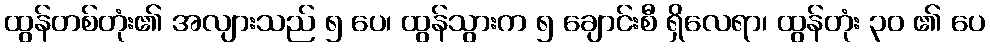
ထွန်တစ်တုံး၏ အလျားသည် ၅ ပေ၊ ထွန်သွားက ၅ ချောင်းစီ ရှိလေရာ၊ ထွန်တုံး ၃၀ ၏ ပေ